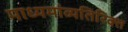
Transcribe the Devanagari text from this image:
माध्यमांव्यतिरिक्त